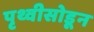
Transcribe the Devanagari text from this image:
पृथ्वीसोडून